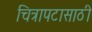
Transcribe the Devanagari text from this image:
चित्रापटासाठी